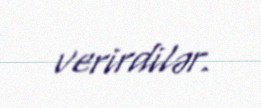
verirdilər.